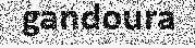
gandoura